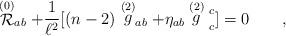
LaTeX: \begin{align*}\stackrel {(0)} {\cal{R}}_{ a b} + {1\over{\ell^2}} [(n-2)\stackrel {(2)}g_{ a b} + \eta _{ a b} \stackrel {(2)}g \strut _{ c}^{ c}] = 0 \qquad ,\end{align*}